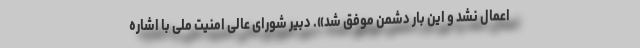
اعمال نشد و این بار دشمن موفق شد». دبیر شورای عالی امنیت ملی با اشاره